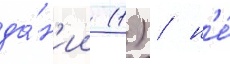
да́н'ии (1) / н'е́